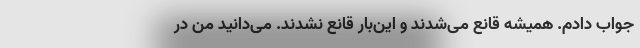
جواب دادم. همیشه قانع می‌شدند و این‌بار قانع نشدند. می‌دانید من در